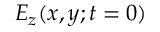
E _ { z } ( x , y ; t = 0 )